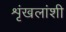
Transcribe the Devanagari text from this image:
शृंखलांशी